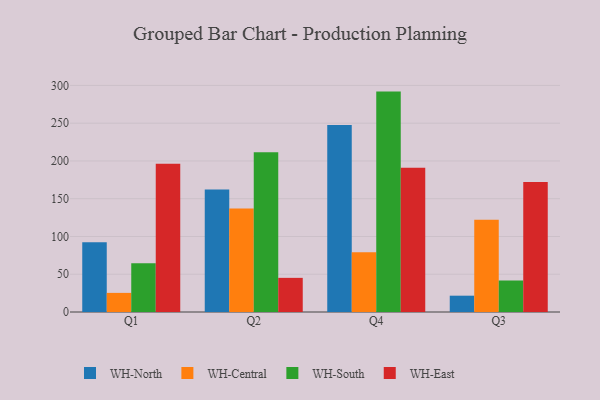
{"axis": {"x": "Quarter", "y": "Inventory Turnover"}, "legend": ["WH-Central", "WH-East", "WH-North", "WH-South"], "data": [{"x": "Q1", "y": 92.3, "type": "WH-North"}, {"x": "Q1", "y": 25.3, "type": "WH-Central"}, {"x": "Q1", "y": 64.7, "type": "WH-South"}, {"x": "Q1", "y": 196.4, "type": "WH-East"}, {"x": "Q2", "y": 162.2, "type": "WH-North"}, {"x": "Q2", "y": 137.1, "type": "WH-Central"}, {"x": "Q2", "y": 211.6, "type": "WH-South"}, {"x": "Q2", "y": 45.2, "type": "WH-East"}, {"x": "Q4", "y": 247.7, "type": "WH-North"}, {"x": "Q4", "y": 79.1, "type": "WH-Central"}, {"x": "Q4", "y": 291.8, "type": "WH-South"}, {"x": "Q4", "y": 191.0, "type": "WH-East"}, {"x": "Q3", "y": 21.6, "type": "WH-North"}, {"x": "Q3", "y": 122.2, "type": "WH-Central"}, {"x": "Q3", "y": 41.7, "type": "WH-South"}, {"x": "Q3", "y": 172.0, "type": "WH-East"}]}